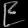
Digit: ၉